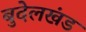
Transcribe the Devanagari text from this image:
बुदेलखंड